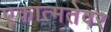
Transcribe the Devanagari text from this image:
एकात्मतेवर